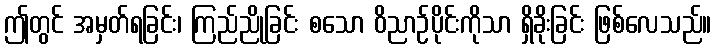
ဤတွင် အမှတ်ရခြင်း၊ ကြည်ညိုခြင်း စသော ဝိညာဉ်ပိုင်းကိုသာ ရှိခိုးခြင်း ဖြစ်လေသည်။